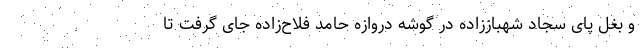
و بغل پای سجاد شهباززاده در گوشه دروازه حامد فلاح‌زاده جای گرفت تا